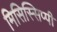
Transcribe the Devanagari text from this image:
मिसिस्सिप्पी